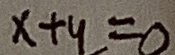
x + y = 0